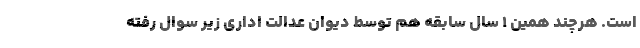
است. هرچند همین ۱ سال سابقه هم توسط دیوان عدالت اداری زیر سوال رفته